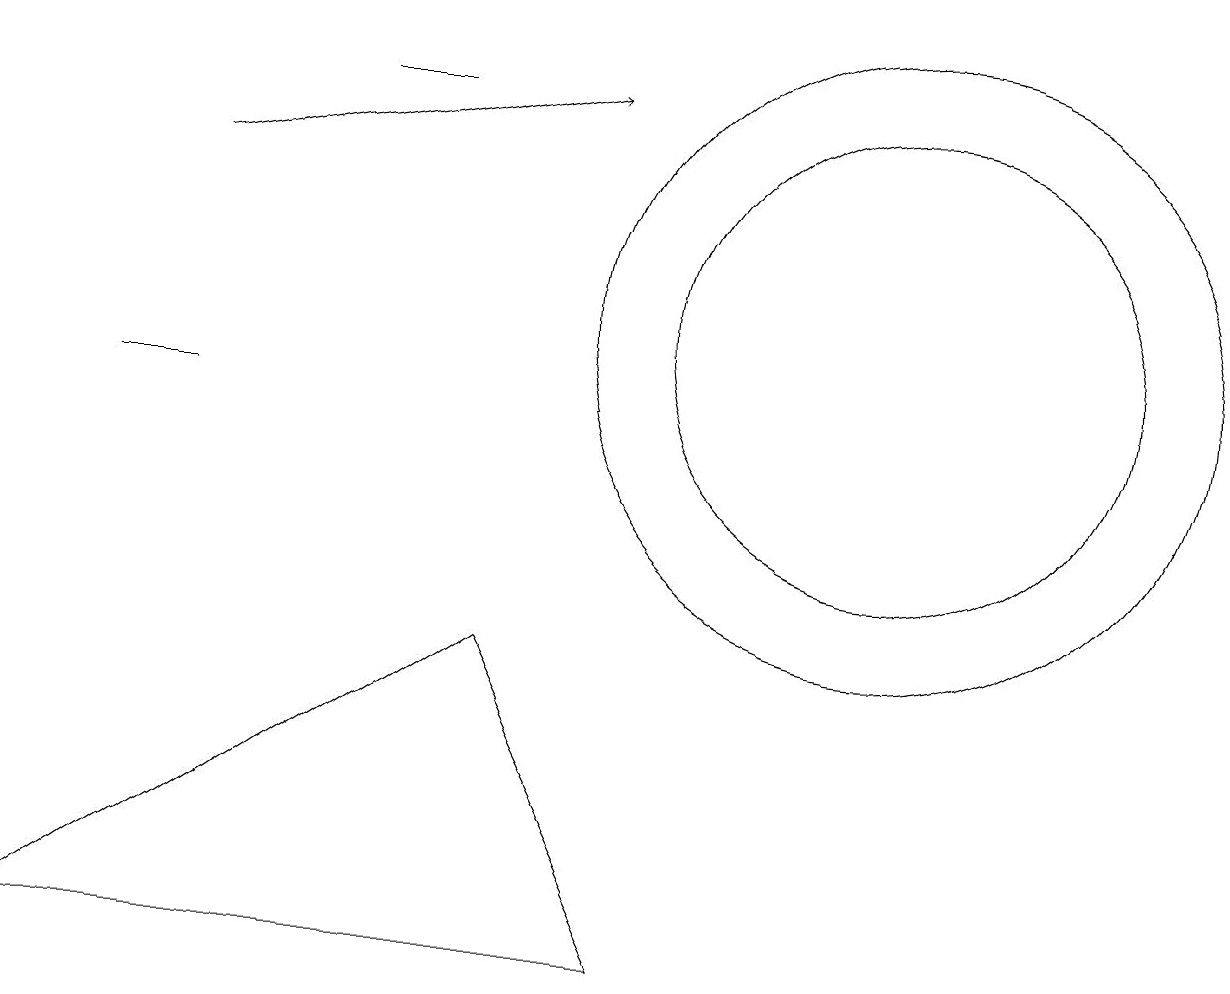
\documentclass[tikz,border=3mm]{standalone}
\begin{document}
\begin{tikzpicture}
\draw (2,10) rectangle (1,10);
\draw (11,11) circle (3);
\draw (11,11) circle (4);
\draw (4,14) rectangle (5,14);
\draw[->] (2,13) -- (7,14);
\draw (0,3) -- (6,7) -- (8,3) -- cycle;
\draw (10,11) circle (0);
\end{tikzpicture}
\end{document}